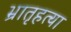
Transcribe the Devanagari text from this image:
भ्रातृहत्या